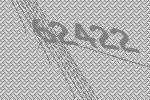
62422